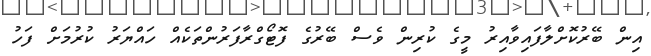
އިން ބޭރުކޮށްލާފައިވާއިރު މީގެ ކުރިން ވެސް ބޭރުގެ ފޮޓޯގްރާފަރުންތަކެއް ހައްޔަރު ކުރުމަށް ފަހު